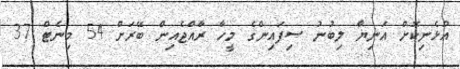
އުޅެނިކޮށް އަނިޔާ ލިބުނު ސިފައިންގެ މީހާ ރާއްޖެއިން ބޭރަށް 54 މިނެޓް 37